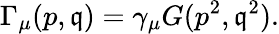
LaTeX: \Gamma_{\mu}(p,\mathfrak{q})=\gamma_{\mu}G(p^{2},\mathfrak{q}^{2}).